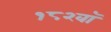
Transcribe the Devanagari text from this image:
१८२वॉ